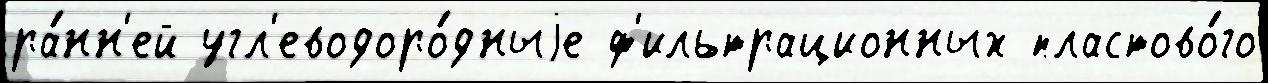
ра́нн'ей угл'еводоро́дныjе ф'ильтрационных пластово́го